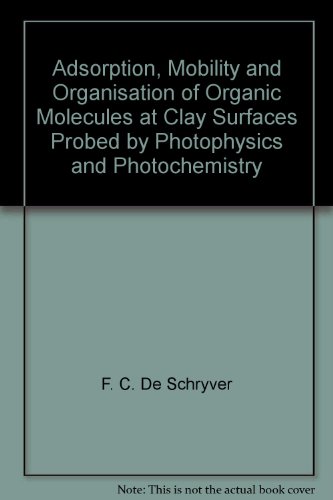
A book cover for Adsorption, Mobility and Organisation of Organic Molecules at Clay Surfaces Probed by Photophysics and Photochemistry; F. C. De Schryver; Science & Math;